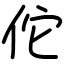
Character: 佗